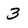
Character: 3